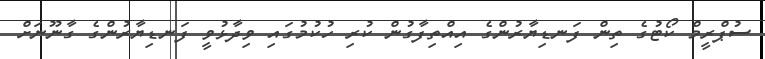
ސުޕްރީމް ކޯޓުގެ ތިން ފަނޑިޔާރުންގެ އިއްތިފާގުން ކުރި ހުކުމުގައި ވިދާޅުވީ ފަނޑިޔާރުންގެ ގާނޫނަށް